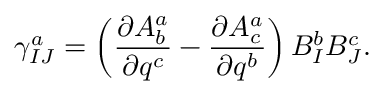
\gamma _ { I J } ^ { a } = \left( \frac { \partial A _ { b } ^ { a } } { \partial q ^ { c } } - \frac { \partial A _ { c } ^ { a } } { \partial q ^ { b } } \right) B _ { I } ^ { b } B _ { J } ^ { c } .